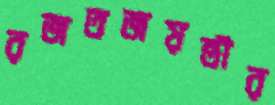
রজতজয়ন্তীর